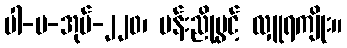
ပါ-ပ-အုပ်-၂၂၀၊ ပန်းညိုပွင့် လှူရကျိုး။